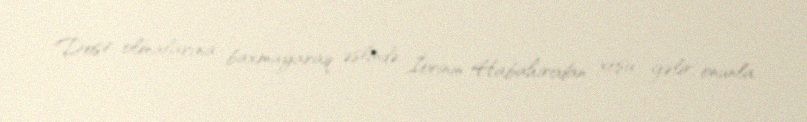
Dost olmalarına baxmayaraq əslində İorinin Habahirodan xoşu gəlir, onunla